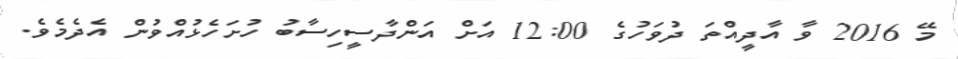
މޭ 2016 ވާ އާދީއްތަ ދުވަހުގެ 12:00 އަށް އަންދާސީހިސާބު ހުށަހެޅުއްވުން އެދެމެވެ.